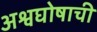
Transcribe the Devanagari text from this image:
अश्वघोषाची